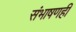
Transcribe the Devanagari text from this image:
संभाषणही